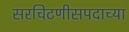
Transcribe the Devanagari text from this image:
सरचिटणीसपदाच्या